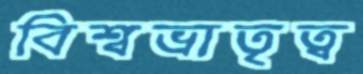
বিশ্বভ্রাতৃত্ব